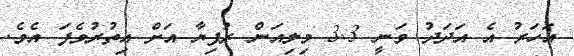
އަހަރު އެ އަދަދު ވަނީ 3.3 މިލިއަން ރުފިޔާ އަށް އިތުރުވެފަ އެވެ.